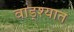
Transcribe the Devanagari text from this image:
वाड्श्यात